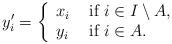
LaTeX: \begin{align*}y'_i=\left\{\begin{array}{ll} x_i & \mbox{ if } i\in I\setminus A ,\\ y_i & \mbox{ if } i\in A. \end{array} \right.\end{align*}